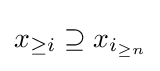
x_{\geq i}\supseteq x_{i_{\geq n}}